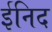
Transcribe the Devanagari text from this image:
ईनिद